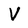
Character: V